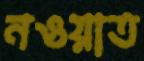
নওয়াত